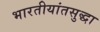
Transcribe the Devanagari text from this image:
भारतीयांतसुद्धा